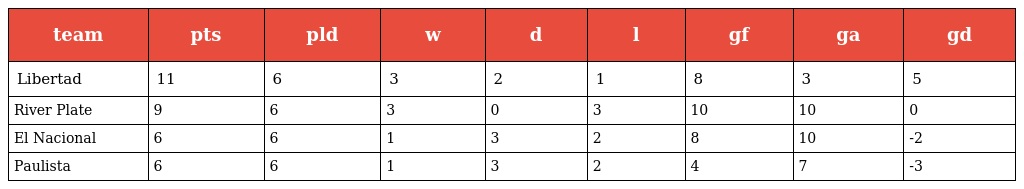
| team | pts | pld | w | d | l | gf | ga | gd |
 | --- | --- | --- | --- | --- | --- | --- | --- | --- |
 | Libertad | 11 | 6 | 3 | 2 | 1 | 8 | 3 | 5 |
 | River Plate | 9 | 6 | 3 | 0 | 3 | 10 | 10 | 0 |
 | El Nacional | 6 | 6 | 1 | 3 | 2 | 8 | 10 | -2 |
 | Paulista | 6 | 6 | 1 | 3 | 2 | 4 | 7 | -3 |